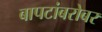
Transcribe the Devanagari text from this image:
बापटांबरोबर